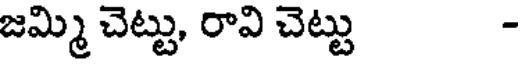
జమ్మి చెట్టు, రావి చెట్టు -